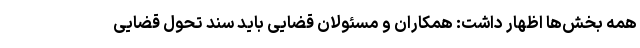
همه بخش‌ها اظهار داشت: همکاران و مسئولان قضایی باید سند تحول قضایی